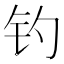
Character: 钓